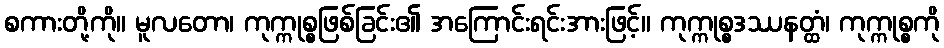
စကားတို့ကို။ မူလတော၊ ကုက္ကုစ္စဖြစ်ခြင်း၏ အကြောင်းရင်းအားဖြင့်။ ကုက္ကုစ္စဒဿနတ္ထံ၊ ကုက္ကုစ္စကို